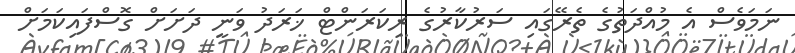
ނަމަވެސް އެ މުއްދަތުގެ ތެރޭގައި ސަރުކާރުގެ ރިކަރަންޓް ޚަރަދު ވަނީ ދަށަށް ގޮސްފައިކަމަށް